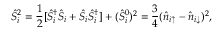
\hat { S } _ { i } ^ { 2 } = \frac { 1 } { 2 } [ \hat { S } _ { i } ^ { \dag } \hat { S } _ { i } + \hat { S } _ { i } \hat { S } _ { i } ^ { \dag } ] + ( \hat { S } _ { i } ^ { 0 } ) ^ { 2 } = \frac { 3 } { 4 } ( \hat { n } _ { i \uparrow } - \hat { n } _ { i \downarrow } ) ^ { 2 } ,